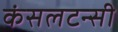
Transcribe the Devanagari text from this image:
कंसलटन्सी